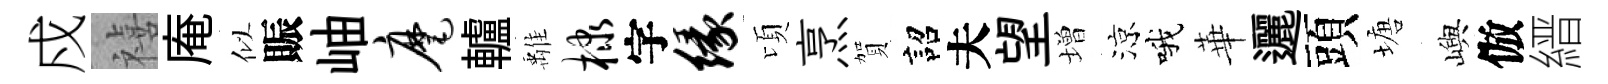
戍禧庵似賑岫麾轤𩀌棣字缘頃烹賀詔夫望増涼哦華邐頭塘嶼倣縉